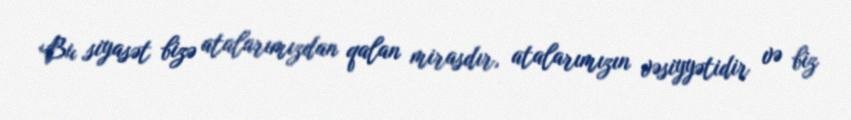
Bu siyasət bizə atalarımızdan qalan mirasdır, atalarımızın vəsiyyətidir və biz